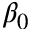
\beta _ { 0 }